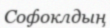
Софоклдың